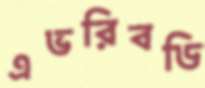
এভরিবডি